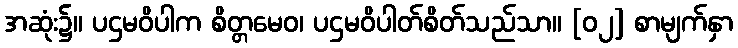
အဆုံး၌။ ပဌမဝိပါက စိတ္တမေဝ၊ ပဌမဝိပါတ်စိတ်သည်သာ။ [၀၂] စာမျက်နှာ